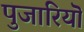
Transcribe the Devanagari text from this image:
पुजारियॊ